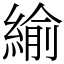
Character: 緰